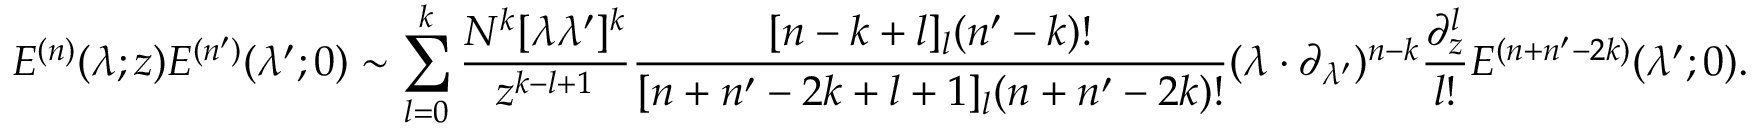
E ^ { ( n ) } ( \lambda ; z ) E ^ { ( n ^ { \prime } ) } ( \lambda ^ { \prime } ; 0 ) \sim \sum _ { l = 0 } ^ { k } \frac { N ^ { k } [ \lambda \lambda ^ { \prime } ] ^ { k } } { z ^ { k - l + 1 } } \frac { [ n - k + l ] _ { l } ( n ^ { \prime } - k ) ! } { [ n + n ^ { \prime } - 2 k + l + 1 ] _ { l } ( n + n ^ { \prime } - 2 k ) ! } ( \lambda \cdot \partial _ { \lambda ^ { \prime } } ) ^ { n - k } \frac { \partial _ { z } ^ { l } } { l ! } E ^ { ( n + n ^ { \prime } - 2 k ) } ( \lambda ^ { \prime } ; 0 ) .